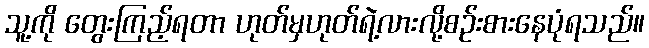
သူ့ကို တွေးကြည့်ရတာ ဟုတ်မှဟုတ်ရဲ့လားလို့စဉ်းစားနေပုံရသည်။